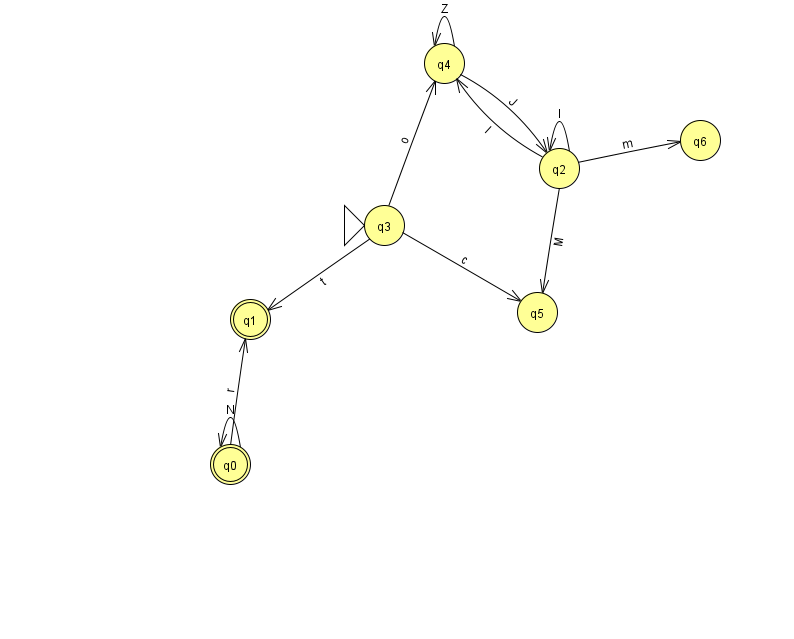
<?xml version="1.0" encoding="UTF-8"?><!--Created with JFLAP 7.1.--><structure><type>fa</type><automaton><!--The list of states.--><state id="0" name="q0"><x>230.0</x><y>451.0</y><final/></state><state id="1" name="q1"><x>250.0</x><y>306.0</y><final/></state><state id="2" name="q2"><x>559.0</x><y>155.0</y></state><state id="3" name="q3"><x>384.0</x><y>212.0</y><initial/></state><state id="4" name="q4"><x>444.0</x><y>50.0</y></state><state id="5" name="q5"><x>537.0</x><y>299.0</y></state><state id="6" name="q6"><x>700.0</x><y>127.0</y></state><!--The list of transitions.--><transition><from>3</from><to>1</to><read>t</read></transition><transition><from>2</from><to>5</to><read>M</read></transition><transition><from>2</from><to>6</to><read>m</read></transition><transition><from>0</from><to>1</to><read>r</read></transition><transition><from>3</from><to>5</to><read>c</read></transition><transition><from>4</from><to>2</to><read>J</read></transition><transition><from>4</from><to>4</to><read>Z</read></transition><transition><from>2</from><to>2</to><read>l</read></transition><transition><from>2</from><to>4</to><read>l</read></transition><transition><from>3</from><to>4</to><read>o</read></transition><transition><from>0</from><to>0</to><read>N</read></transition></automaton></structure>